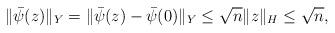
LaTeX: \begin{align*}\|\bar \psi(z)\|_Y=\|\bar \psi(z)-\bar \psi(0)\|_Y\leq \sqrt{n}\|z\|_H\leq \sqrt{n},\end{align*}